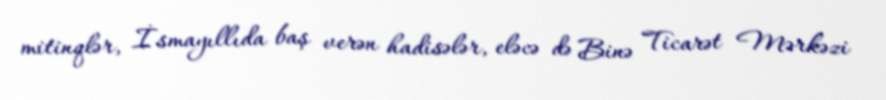
mitinqlər, İsmayıllıda baş verən hadisələr, eləcə də Binə Ticarət Mərkəzi